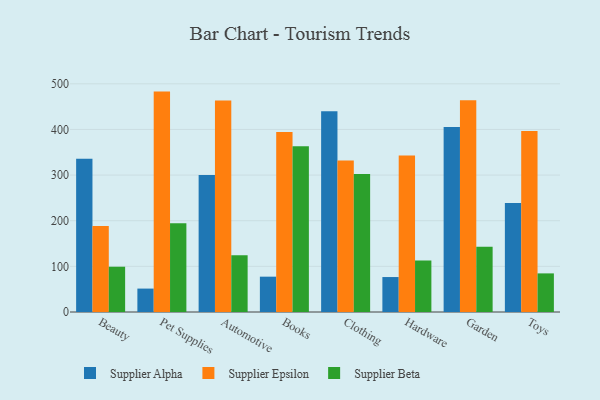
{"axis": {"x": "Category", "y": "Waste Production (Tons)"}, "legend": ["Supplier Alpha", "Supplier Beta", "Supplier Epsilon"], "data": [{"x": "Beauty", "y": 336.0, "type": "Supplier Alpha"}, {"x": "Beauty", "y": 188.4, "type": "Supplier Epsilon"}, {"x": "Beauty", "y": 99.2, "type": "Supplier Beta"}, {"x": "Pet Supplies", "y": 51.3, "type": "Supplier Alpha"}, {"x": "Pet Supplies", "y": 482.9, "type": "Supplier Epsilon"}, {"x": "Pet Supplies", "y": 194.5, "type": "Supplier Beta"}, {"x": "Automotive", "y": 300.0, "type": "Supplier Alpha"}, {"x": "Automotive", "y": 463.4, "type": "Supplier Epsilon"}, {"x": "Automotive", "y": 124.5, "type": "Supplier Beta"}, {"x": "Books", "y": 77.4, "type": "Supplier Alpha"}, {"x": "Books", "y": 394.4, "type": "Supplier Epsilon"}, {"x": "Books", "y": 363.0, "type": "Supplier Beta"}, {"x": "Clothing", "y": 439.6, "type": "Supplier Alpha"}, {"x": "Clothing", "y": 331.7, "type": "Supplier Epsilon"}, {"x": "Clothing", "y": 302.3, "type": "Supplier Beta"}, {"x": "Hardware", "y": 76.6, "type": "Supplier Alpha"}, {"x": "Hardware", "y": 342.7, "type": "Supplier Epsilon"}, {"x": "Hardware", "y": 112.8, "type": "Supplier Beta"}, {"x": "Garden", "y": 405.1, "type": "Supplier Alpha"}, {"x": "Garden", "y": 464.2, "type": "Supplier Epsilon"}, {"x": "Garden", "y": 142.7, "type": "Supplier Beta"}, {"x": "Toys", "y": 239.0, "type": "Supplier Alpha"}, {"x": "Toys", "y": 396.8, "type": "Supplier Epsilon"}, {"x": "Toys", "y": 84.6, "type": "Supplier Beta"}]}